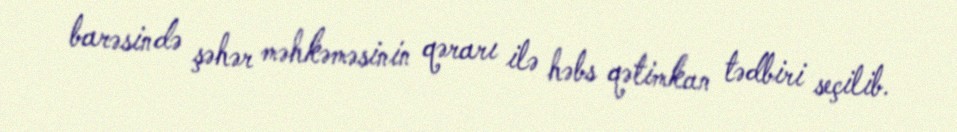
barəsində şəhər məhkəməsinin qərarı ilə həbs qətimkan tədbiri seçilib.